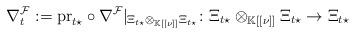
LaTeX: \begin{align*} \nabla_t^\mathcal{F}:=\mathrm{pr}_{t\star}\circ\nabla^\mathcal{F}|_{ \Xi_{t\star}\otimes_{\mathbb{K}[[\nu]]}\Xi_{t\star}} \colon\Xi_{t\star}\otimes_{\mathbb{K}[[\nu]]}\Xi_{t\star}\rightarrow\Xi_{t\star}\end{align*}